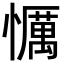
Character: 𢤆